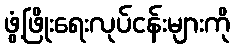
ဖွံ့ဖြိုးရေးလုပ်ငန်းများကို